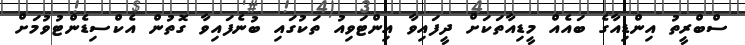
ސްބްރީތު އިންޑިއާގެ ބައެއް މީޑިއާތަކަށް ދީފައިވާ އިންޓަވިއު ތަކުގައި ބުނެފައިވާ ގޮތުން އެކްސިޑެންޓުވުމަށް